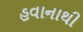
હવાનાથી